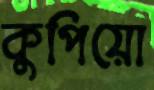
কুপিয়ো